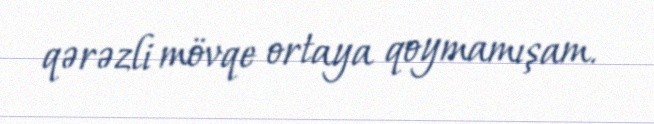
qərəzli mövqe ortaya qoymamışam.